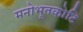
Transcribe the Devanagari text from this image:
मनोभूतकोटि